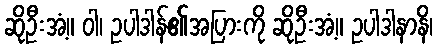
ဆိုဦးအံ့။ ဝါ၊ ဥပါဒါန်၏အပြားကို ဆိုဦးအံ့။ ဥပါဒါနာနိ၊